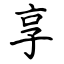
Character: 享